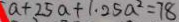
a + 2 5 a + 1 . 2 5 a ^ { 2 } = 7 8